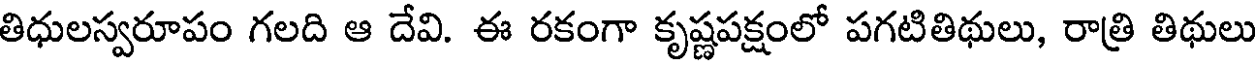
తిధులస్వరూపం గలది ఆ దేవి. ఈ రకంగా కృష్ణపక్షంలో పగటితిథులు, రాత్రి తిథులు